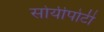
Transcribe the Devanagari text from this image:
सोयीपोटी